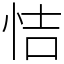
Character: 恄